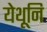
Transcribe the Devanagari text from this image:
येथूनि